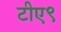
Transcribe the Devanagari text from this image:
टीए९